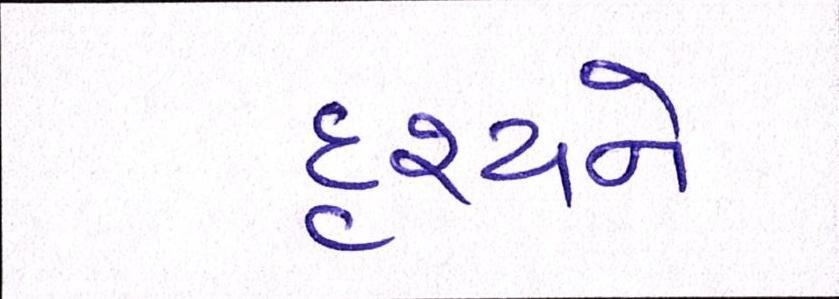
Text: દૃશ્યને